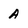
Character: A